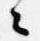
々